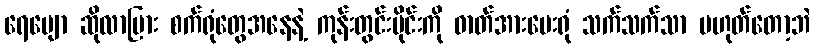
ရေမျော ဆိုလာပြား စက်ရုံတွေအနေနဲ့ ကုန်းတွင်းပိုင်းကို ဓာတ်အားပေးရုံ သက်သက်သာ မဟုတ်တော့ဘဲ